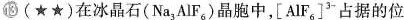
⑬(★★)在冰晶石(Na_{3}AlF_{6})晶胞中，[AlF_{6}] ^{3-}占据的位